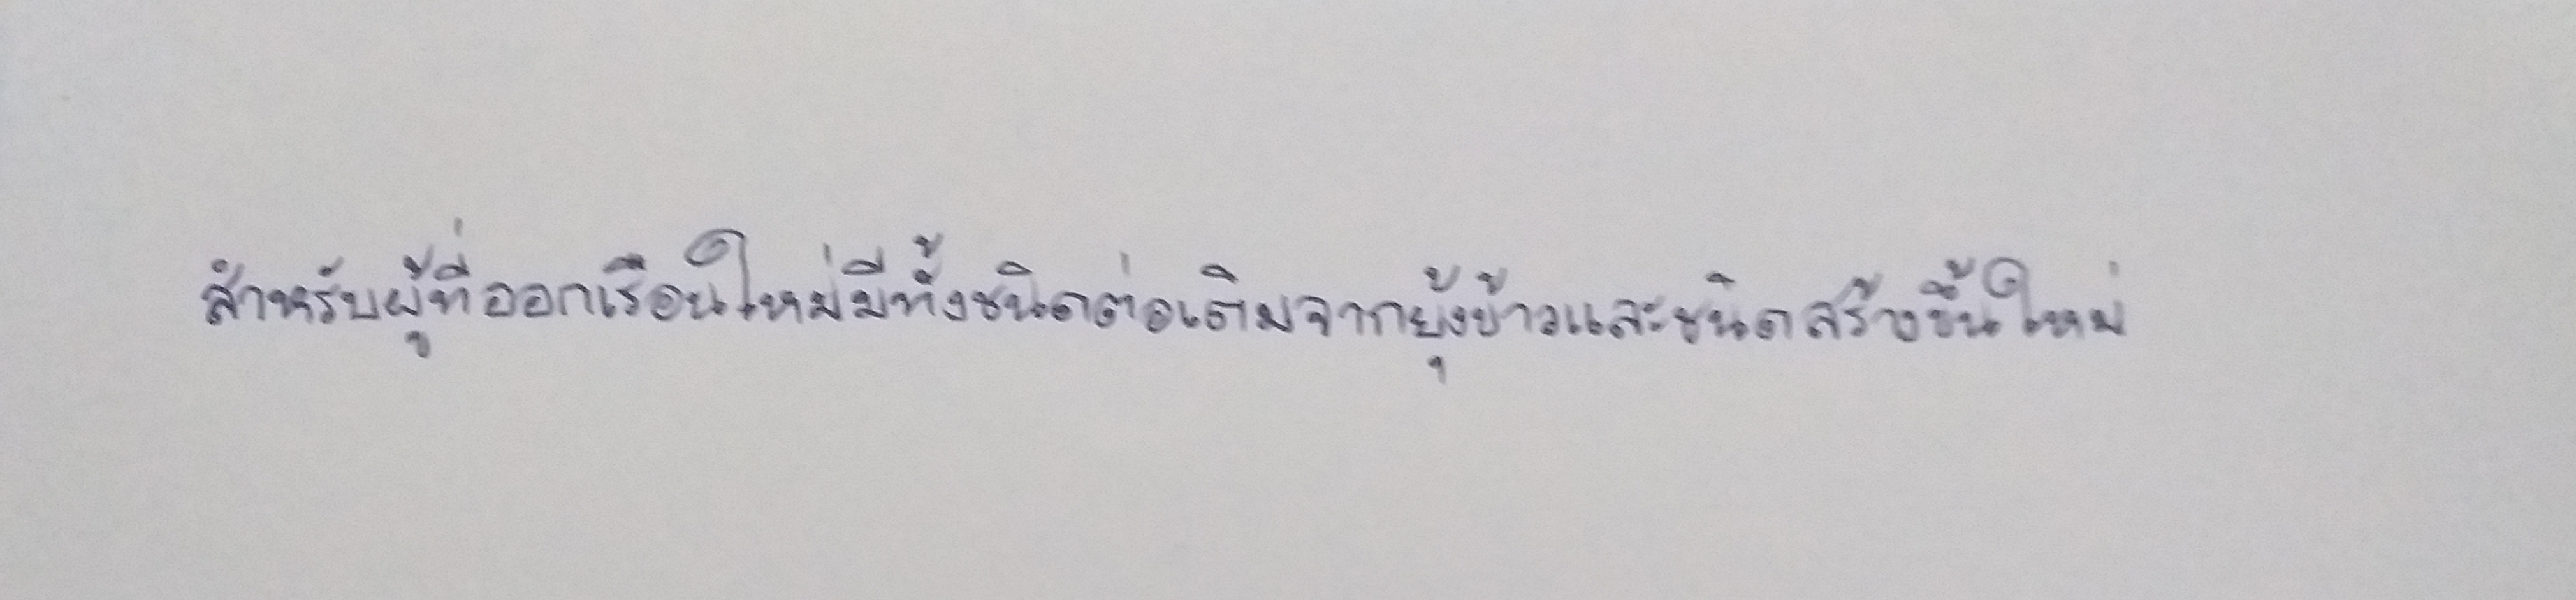
สำหรับผู้ที่ออกเรือนใหม่มีทั้งชนิดต่อเติมจากยุ้งข้าวและชนิดสร้างขึ้นใหม่